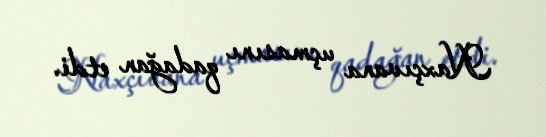
Naxçıvana uçmasını qadağan etdi.